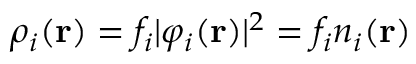
\rho _ { i } ( \mathbf { r } ) = f _ { i } | \varphi _ { i } ( \mathbf { r } ) | ^ { 2 } = f _ { i } n _ { i } ( \mathbf { r } )